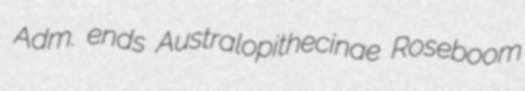
Adm. ends Australopithecinae Roseboom